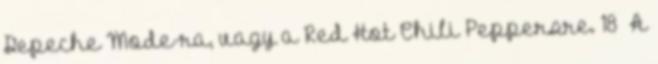
Depeche Mode-ra, vagy a Red Hot Chili Peppersre. 18 A